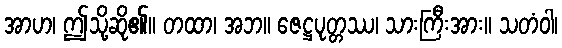
အာဟ၊ ဤသို့ဆို၏။ တထာ၊ အဘ။ ဇေဋ္ဌပုတ္တဿ၊ သားကြီးအား။ သတံဝါ၊